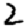
Digit: 2